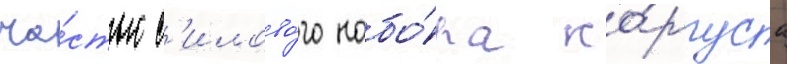
ча́стью с'илово́го набо́ра ко́рпуса